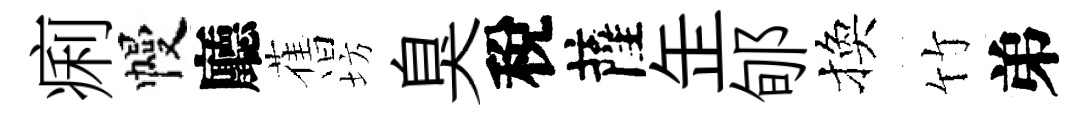
痢幔廳𦾔坊臭稅薩𦈢郇換竹弟